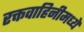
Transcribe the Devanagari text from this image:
रक्तवाहिनीमध्ये